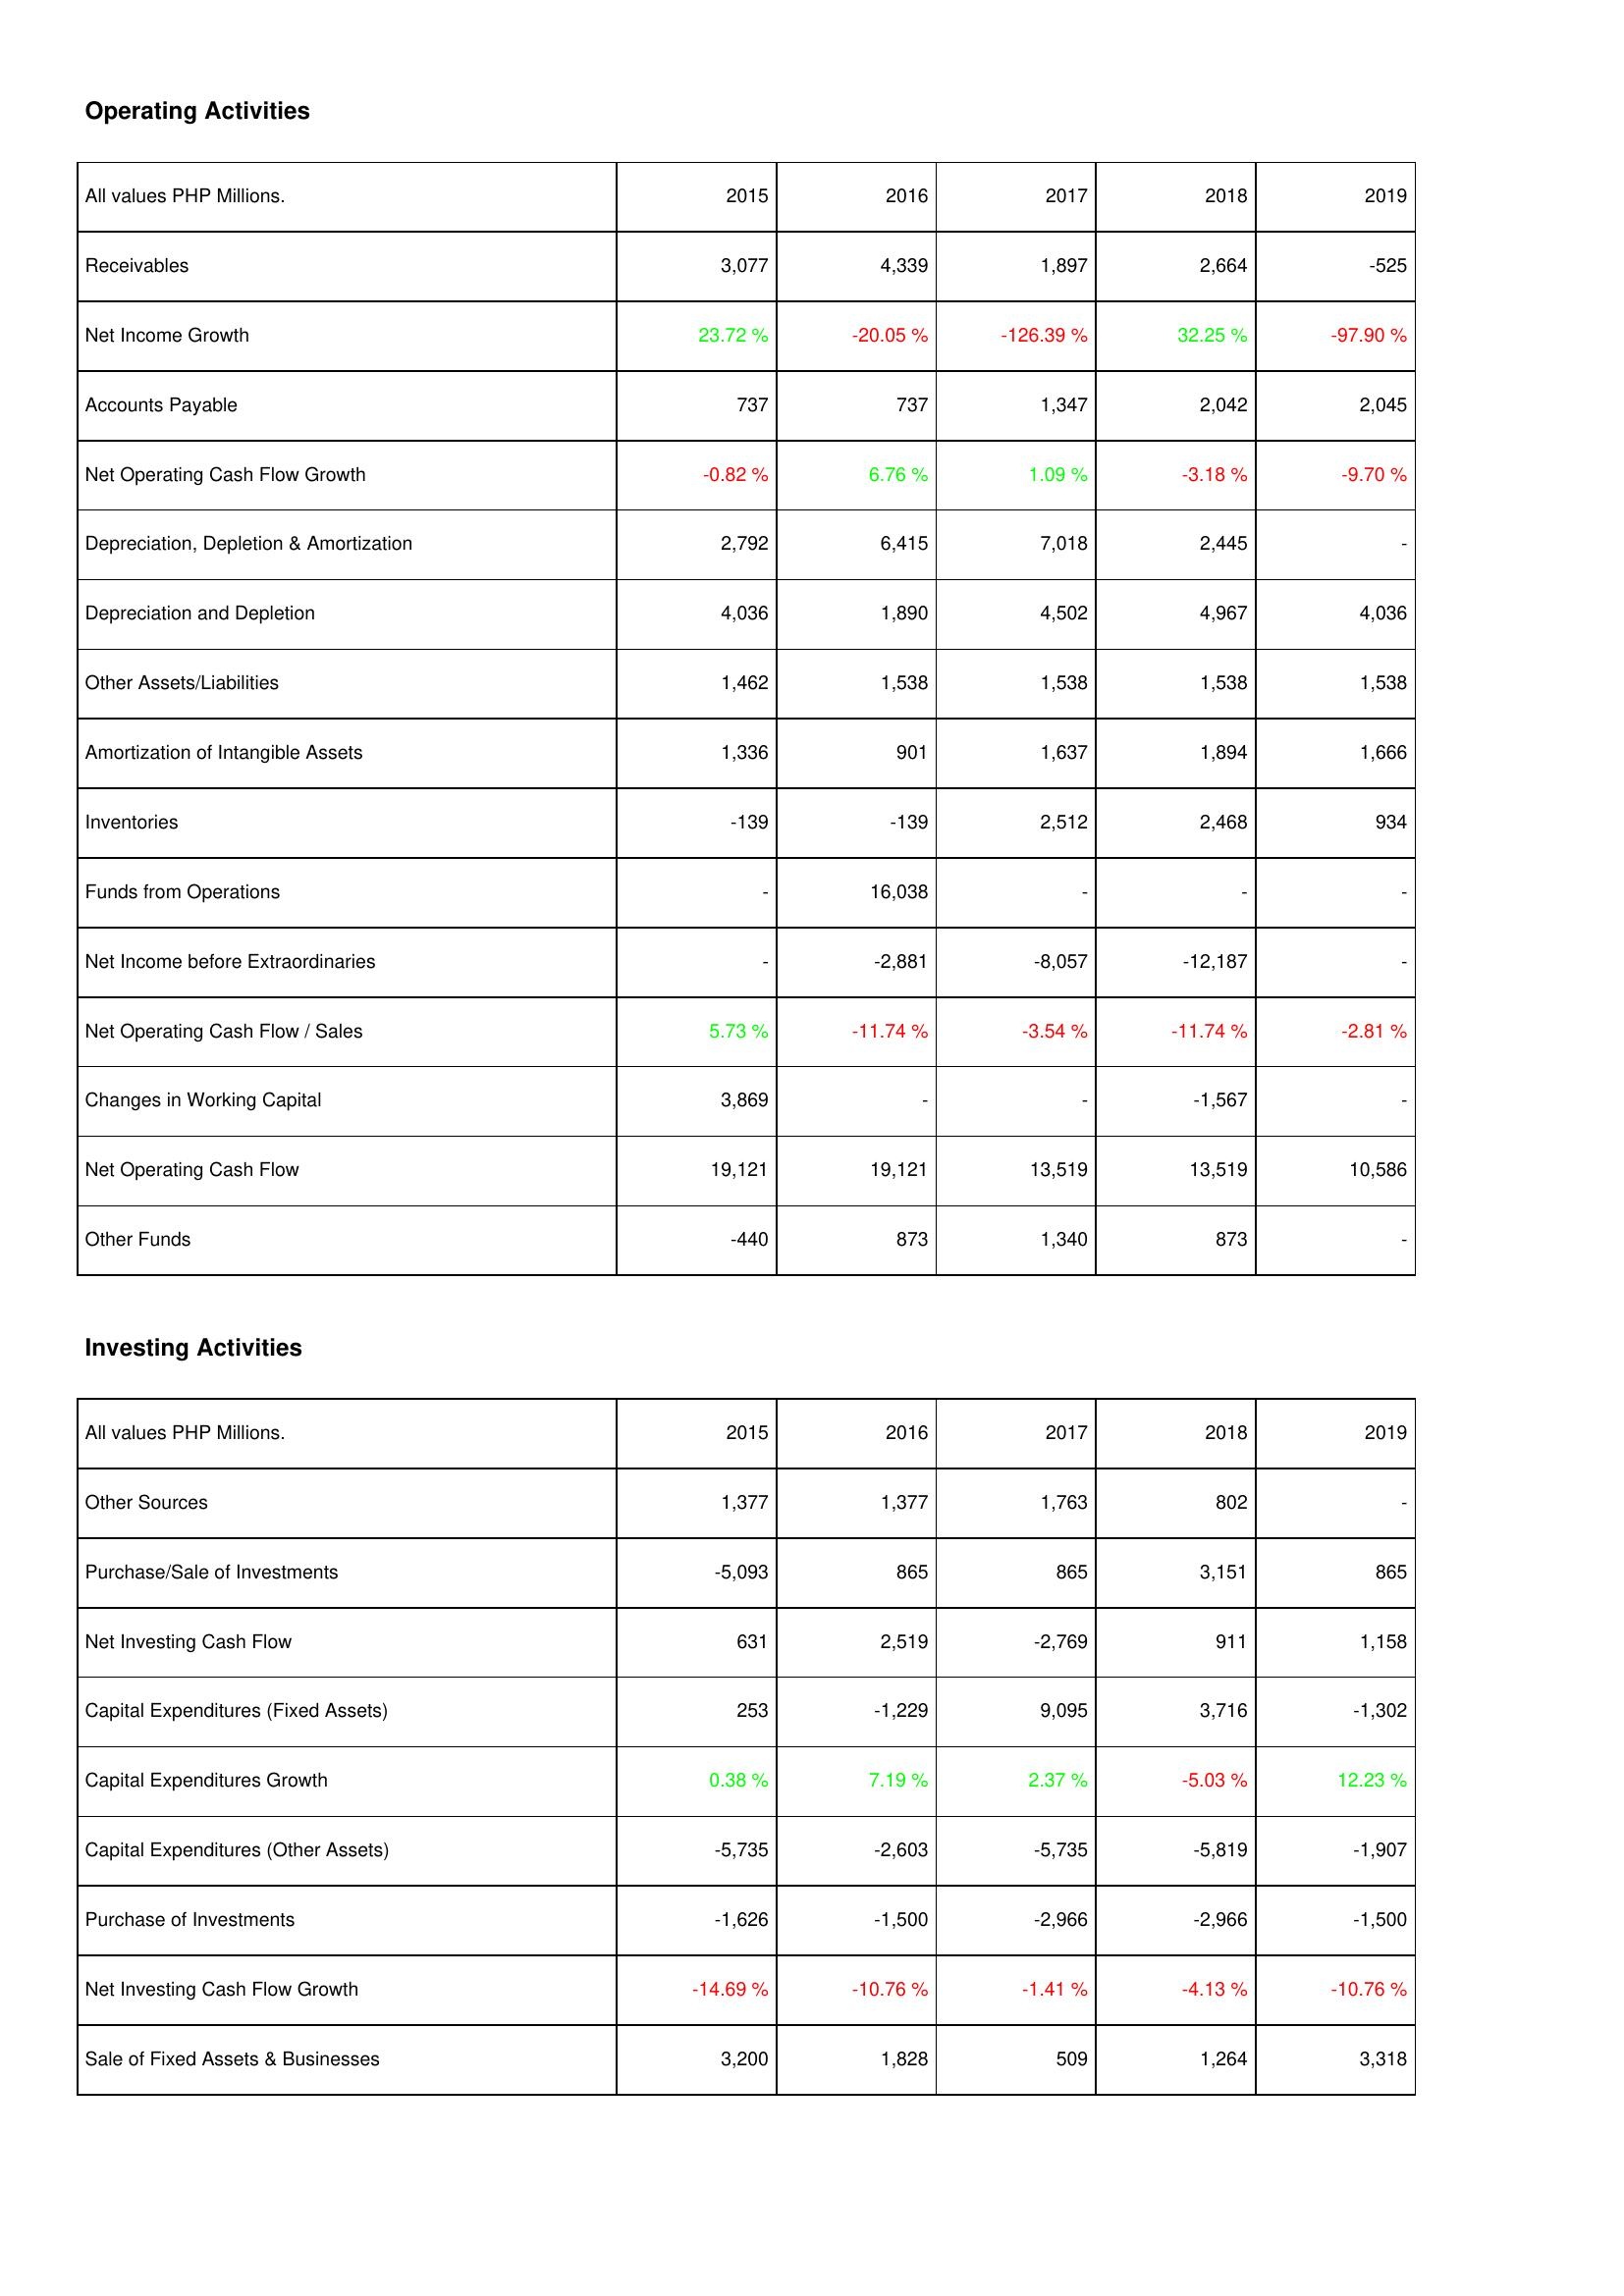
2015: Operating Activities: Receivables: 3,077
Net Income Growth: 23.72 %
Accounts Payable: 737
Net Operating Cash Flow Growth: -0.82 %
Depreciation, Depletion & Amortization: 2,792
Depreciation and Depletion: 4,036
Other Assets/Liabilities: 1,462
Amortization of Intangible Assets: 1,336
Inventories: -139
Funds from Operations: -
Net Income before Extraordinaries: -
Net Operating Cash Flow / Sales: 5.73 %
Changes in Working Capital: 3,869
Net Operating Cash Flow: 19,121
Other Funds: -440
Investing Activities: Other Sources: 1,377
Purchase/Sale of Investments: -5,093
Net Investing Cash Flow: 631
Capital Expenditures (Fixed Assets): 253
Capital Expenditures Growth: 0.38 %
Capital Expenditures (Other Assets): -5,735
Purchase of Investments: -1,626
Net Investing Cash Flow Growth: -14.69 %
Sale of Fixed Assets & Businesses: 3,200
2016: Operating Activities: Receivables: 4,339
Net Income Growth: -20.05 %
Accounts Payable: 737
Net Operating Cash Flow Growth: 6.76 %
Depreciation, Depletion & Amortization: 6,415
Depreciation and Depletion: 1,890
Other Assets/Liabilities: 1,538
Amortization of Intangible Assets: 901
Inventories: -139
Funds from Operations: 16,038
Net Income before Extraordinaries: -2,881
Net Operating Cash Flow / Sales: -11.74 %
Changes in Working Capital: -
Net Operating Cash Flow: 19,121
Other Funds: 873
Investing Activities: Other Sources: 1,377
Purchase/Sale of Investments: 865
Net Investing Cash Flow: 2,519
Capital Expenditures (Fixed Assets): -1,229
Capital Expenditures Growth: 7.19 %
Capital Expenditures (Other Assets): -2,603
Purchase of Investments: -1,500
Net Investing Cash Flow Growth: -10.76 %
Sale of Fixed Assets & Businesses: 1,828
2017: Operating Activities: Receivables: 1,897
Net Income Growth: -126.39 %
Accounts Payable: 1,347
Net Operating Cash Flow Growth: 1.09 %
Depreciation, Depletion & Amortization: 7,018
Depreciation and Depletion: 4,502
Other Assets/Liabilities: 1,538
Amortization of Intangible Assets: 1,637
Inventories: 2,512
Funds from Operations: -
Net Income before Extraordinaries: -8,057
Net Operating Cash Flow / Sales: -3.54 %
Changes in Working Capital: -
Net Operating Cash Flow: 13,519
Other Funds: 1,340
Investing Activities: Other Sources: 1,763
Purchase/Sale of Investments: 865
Net Investing Cash Flow: -2,769
Capital Expenditures (Fixed Assets): 9,095
Capital Expenditures Growth: 2.37 %
Capital Expenditures (Other Assets): -5,735
Purchase of Investments: -2,966
Net Investing Cash Flow Growth: -1.41 %
Sale of Fixed Assets & Businesses: 509
2018: Operating Activities: Receivables: 2,664
Net Income Growth: 32.25 %
Accounts Payable: 2,042
Net Operating Cash Flow Growth: -3.18 %
Depreciation, Depletion & Amortization: 2,445
Depreciation and Depletion: 4,967
Other Assets/Liabilities: 1,538
Amortization of Intangible Assets: 1,894
Inventories: 2,468
Funds from Operations: -
Net Income before Extraordinaries: -12,187
Net Operating Cash Flow / Sales: -11.74 %
Changes in Working Capital: -1,567
Net Operating Cash Flow: 13,519
Other Funds: 873
Investing Activities: Other Sources: 802
Purchase/Sale of Investments: 3,151
Net Investing Cash Flow: 911
Capital Expenditures (Fixed Assets): 3,716
Capital Expenditures Growth: -5.03 %
Capital Expenditures (Other Assets): -5,819
Purchase of Investments: -2,966
Net Investing Cash Flow Growth: -4.13 %
Sale of Fixed Assets & Businesses: 1,264
2019: Operating Activities: Receivables: -525
Net Income Growth: -97.90 %
Accounts Payable: 2,045
Net Operating Cash Flow Growth: -9.70 %
Depreciation, Depletion & Amortization: -
Depreciation and Depletion: 4,036
Other Assets/Liabilities: 1,538
Amortization of Intangible Assets: 1,666
Inventories: 934
Funds from Operations: -
Net Income before Extraordinaries: -
Net Operating Cash Flow / Sales: -2.81 %
Changes in Working Capital: -
Net Operating Cash Flow: 10,586
Other Funds: -
Investing Activities: Other Sources: -
Purchase/Sale of Investments: 865
Net Investing Cash Flow: 1,158
Capital Expenditures (Fixed Assets): -1,302
Capital Expenditures Growth: 12.23 %
Capital Expenditures (Other Assets): -1,907
Purchase of Investments: -1,500
Net Investing Cash Flow Growth: -10.76 %
Sale of Fixed Assets & Businesses: 3,318